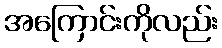
အကြောင်းကိုလည်း